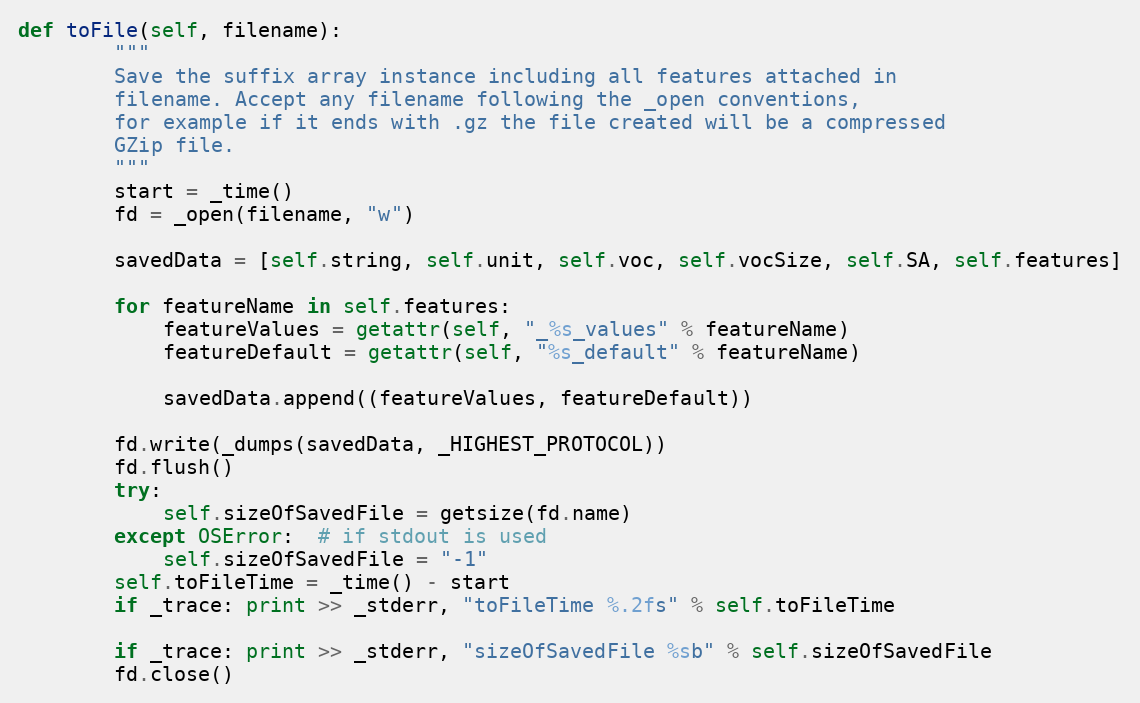
Language: Python
def toFile(self, filename):
        """
        Save the suffix array instance including all features attached in
        filename. Accept any filename following the _open conventions,
        for example if it ends with .gz the file created will be a compressed
        GZip file.
        """
        start = _time()
        fd = _open(filename, "w")

        savedData = [self.string, self.unit, self.voc, self.vocSize, self.SA, self.features]

        for featureName in self.features:
            featureValues = getattr(self, "_%s_values" % featureName)
            featureDefault = getattr(self, "%s_default" % featureName)

            savedData.append((featureValues, featureDefault))

        fd.write(_dumps(savedData, _HIGHEST_PROTOCOL))
        fd.flush()
        try:
            self.sizeOfSavedFile = getsize(fd.name)
        except OSError:  # if stdout is used
            self.sizeOfSavedFile = "-1"
        self.toFileTime = _time() - start
        if _trace: print >> _stderr, "toFileTime %.2fs" % self.toFileTime

        if _trace: print >> _stderr, "sizeOfSavedFile %sb" % self.sizeOfSavedFile
        fd.close()